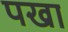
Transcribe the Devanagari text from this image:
पखा